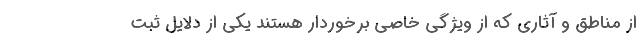
از مناطق و آثاری که از ویژگی خاصی برخوردار هستند یکی از دلایل ثبت